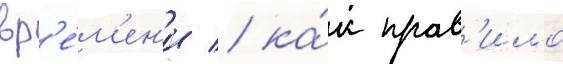
вр'е́м'ен'и / ка́к прав'ило